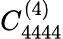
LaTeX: C_{4444}^{(4)}